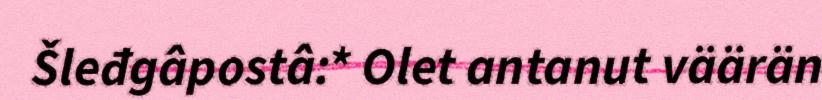
Šleđgâpostâ:* Olet antanut väärän